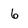
Character: 6